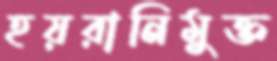
হয়রানিমুক্ত